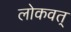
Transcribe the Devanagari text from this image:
लोकवत्